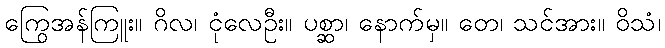
ကြွေအန်ကြူး။ ဂိလ၊ ငုံလေဦး။ ပစ္ဆာ၊ နောက်မှ။ တေ၊ သင်အား။ ဝိသံ၊